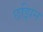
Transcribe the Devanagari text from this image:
छझिन